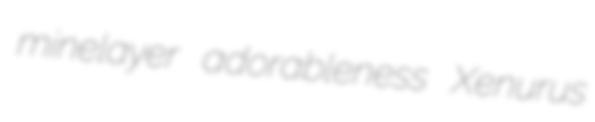
minelayer adorableness Xenurus